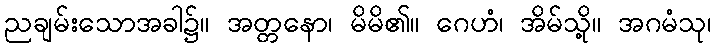
ညချမ်းသောအခါ၌။ အတ္တနော၊ မိမိ၏။ ဂေဟံ၊ အိမ်သို့။ အဂမံသု၊